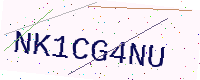
Text: NK1CG4NU